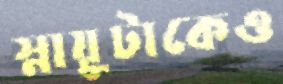
স্নায়ুটাকেও